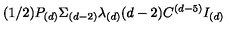
( 1 / 2 ) P _ { ( d ) } \Sigma _ { ( d - 2 ) } \lambda _ { ( d ) } ( d - 2 ) C ^ { ( d - 5 ) } I _ { ( d ) }